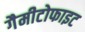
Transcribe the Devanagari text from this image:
गैमीटोफाइट